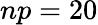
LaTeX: np=20